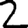
Digit: 2